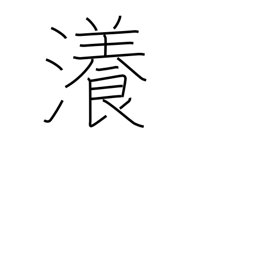
Meaning: vast